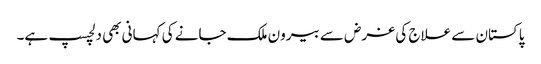
پاکستان سے علاج کی غرض سے بیرون ملک جانے کی کہانی بھی دلچسپ ہے۔